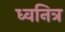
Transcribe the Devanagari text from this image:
ध्वनित्र